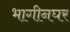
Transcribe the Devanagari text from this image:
भागीनघर